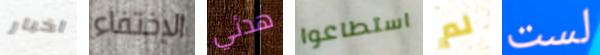
اخبار الإختفاء هدئي استطاعوا لم لست